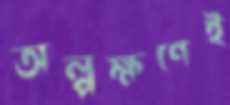
অল্পক্ষণেই